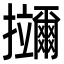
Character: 鿜